Vaccination in Burma 1920-1933 - 1920-1933
Year: 1920
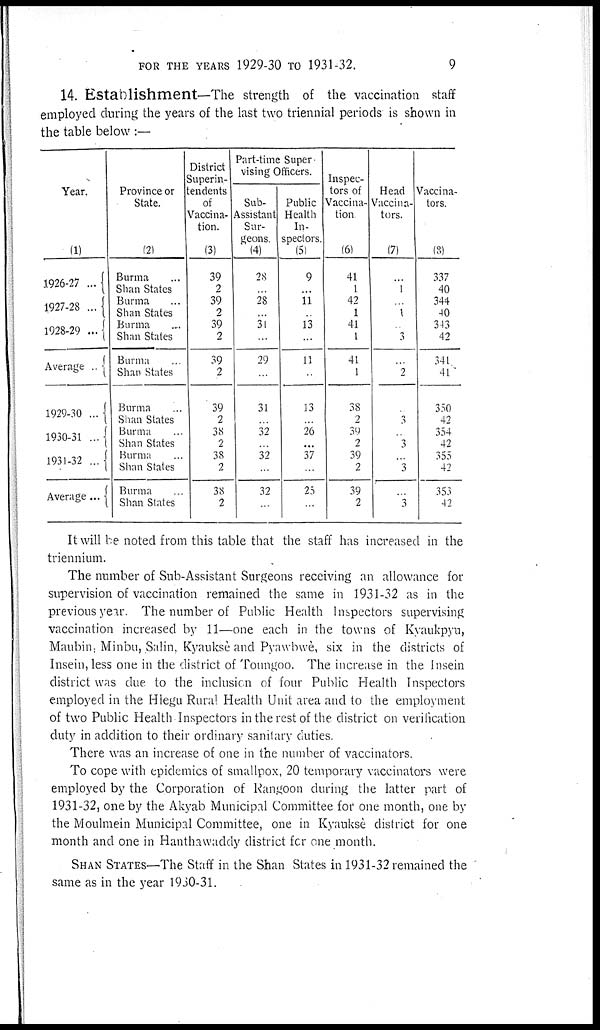
FOR THE YEARS1929-30 TO1931-32.
9
14. Establishment—The strength of the vaccination staff
employed during the years of the last two triennial periods is shown in
the table below:—
Year.
(1)
1926-27 ...
1927-28 ...
1928-29 ...
Average ..
1929-30 ...
1930-31...
1931-32 ...
Average...
Province or
State.
(2)
Burma ...
Shan States
Burma ...
Shan States ...
Burma ...
Shan States
Burma ...
Shan States
Burma ...
Shan States
Burma ...
Shan States
Burma ...
Shan States
Burma ...
Shan Slates
District
Superin-
tendents
of
Vaccina-
tion.
(3)
39
2
39
2
39
2
39
2
39
2
38
2
38
2
38
2
Part-time Super
vising Officers.
Sub-
Assistant
Sur-
geons.
(4)
28
...
28
...
31
...
29
...
31
...
32
...
32
...
32
...
Public
Health
In-
spectors.
(5)
9
...
11
...
13
...
11
...
13
...
26
...
37
...
25
...
Inspec-
tors of
Vaccina-
tion
(6)
41
1
42
1
41
1
41
1
38
2
39
2
39
2
39
2
Head
Vaccina-
tors.
(7)
...
1
...
1
...
3
...
2
...
3
...
3
...
3
...
3
Vaccina-
tors.
(8)
337
40
344
40
343
42
341
41
350
42
354
42
355
42
353
42
It will be noted from this table that the staff has increased in the
triennium.
The number of Sub-Assistant Surgeons receiving an allowance for
supervision of vaccination remained the same in 1931-32 as in the
previous year. The number of Public Health Inspectors supervising
vaccination increased by 11—one each in the towns of Kyaukpyu,
Maubin, Minbu, Salin, Kyauksè and Pyawbwè, six in the districts of
Insein, less one in the district of Toungoo. The increase in the Insein
district was due to the inclusion of four Public Health Inspectors
employed in the Hlegu Rural Health Unit area and to the employment
of two Public Health Inspectors in the rest of the district on verification
duty in addition to their ordinary sanitary duties.
There was an increase of one in the number of vaccinators.
To cope with epidemics of smallpox, 20 temporary vaccinators were
employed by the Corporation of Rangoon during the latter part of
1931-32, one by the Akyab Municipal Committee for one month, one by
the Moulmein Municipal Committee, one in Kyauksè district for one
month and one in Hanthawaddy district for one month.
SHAN STATES—The Staff in the Shan States in 1931-32 remained the
same as in the year 1930-31.